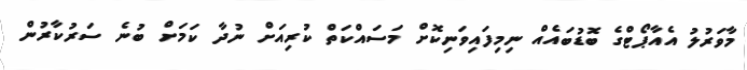
މާވަރުލު އެއާޕޯޓްގެ ބޮޑުބައެއް ނިމިފައިވަނިކޮށް މަސައްކަތް ކުރިއަށް ނުދާ ކަމަށް ބުނެ ސަރުކާރުން